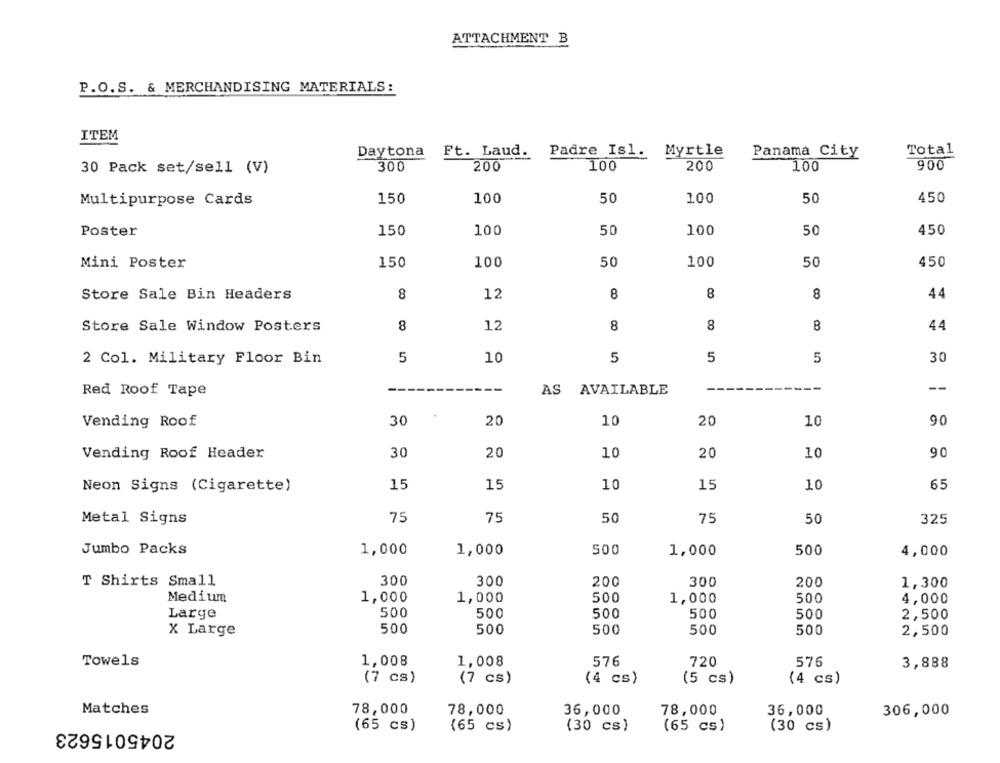
ATTACHMENT B
P.O.S. & MERCHANDISING MATERIALS:
ITEM
Ft. Laud. Padre Is1. Myrtle
Total
Daytona
Panama City
300
200
100
200
100
900
30 Pack set/sell (V)
150
100
450
Multipurpose Cards
100
50
50
450
Poster
150
100
50
100
50
Mini Poster
150
100
50
100
50
450
Store Sale Bin Headers
8
12
8
8
8
44
Store Sale Window Posters
8
12
8
8
8
44
5
10
5
5
5
30
2 Col. Military Floor Bin
--
Red Roof Tape
AS AVAILABLE
Vending Roof
30
20
10
20
10
90
Vending Roof Header
30
20
10
20
10
90
Neon Signs (Cigarette)
15
15
10
15
10
65
Metal Signs
75
75
50
75
50
325
1,000
500
Jumbo Packs
1,000
1,000
500
4,000
300
T Shirts Small
300
200
300
200
1,300
Medium
1,000
1,000
500
1,000
500
4,000
Large
500
500
500
500
500
2,500
X Large
500
500
500
500
500
2,500
Towels
1,008
1,008
576
720
576
3,888
(7 cs)
(7 cs)
(4 cs)
(5 cs)
(4 cs)
Matches
78,000
78,000
36,000
78,000
36,000
306,000
2045015623
(65 cs)
(65 cs)
(30 cs)
(65 cs)
(30 cs)